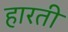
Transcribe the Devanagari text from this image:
हारती